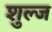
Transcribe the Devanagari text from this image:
शुल्ज